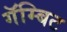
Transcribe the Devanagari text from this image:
गॅम्बिट